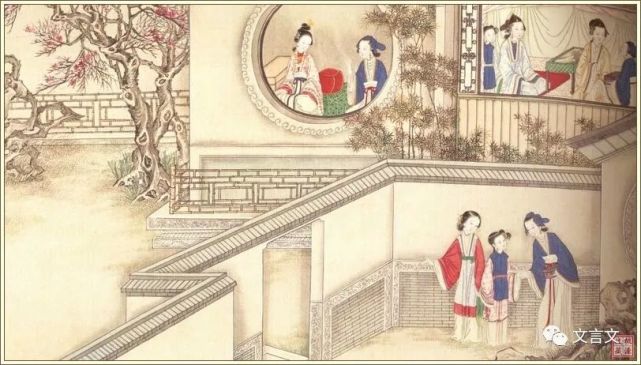
度德而处之，量力而行之